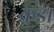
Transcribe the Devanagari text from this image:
क्रुडा